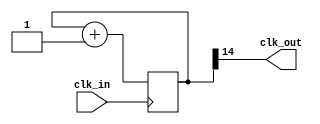
`timescale 1ns / 1ps
//////////////////////////////////////////////////////////////////////////////////
// Company: 
// Engineer: 
// 
// Design Name: 
// Module Name:    turn_50MHz_1525Hz 
// Project Name: 
// Target Devices: 
// Tool versions: 
// Description: 
//
// Dependencies: 
//
// Revision: 
// Revision 0.01 - File Created
// Additional Comments: 
//
//////////////////////////////////////////////////////////////////////////////////
module turn_50MHz_1525Hz(clk_in, clk_out);
	input clk_in;
	output clk_out;
	reg [14:0] count=0;//set a counter, when it becomes 8096, output high level
	always @(posedge clk_in) 
		count=count+1;
	assign clk_out=count[14];
endmodule